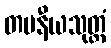
တပနီယသုတ္တံ